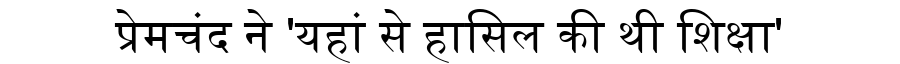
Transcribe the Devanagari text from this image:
प्रेमचंद ने 'यहां से हासिल की थी शिक्षा'